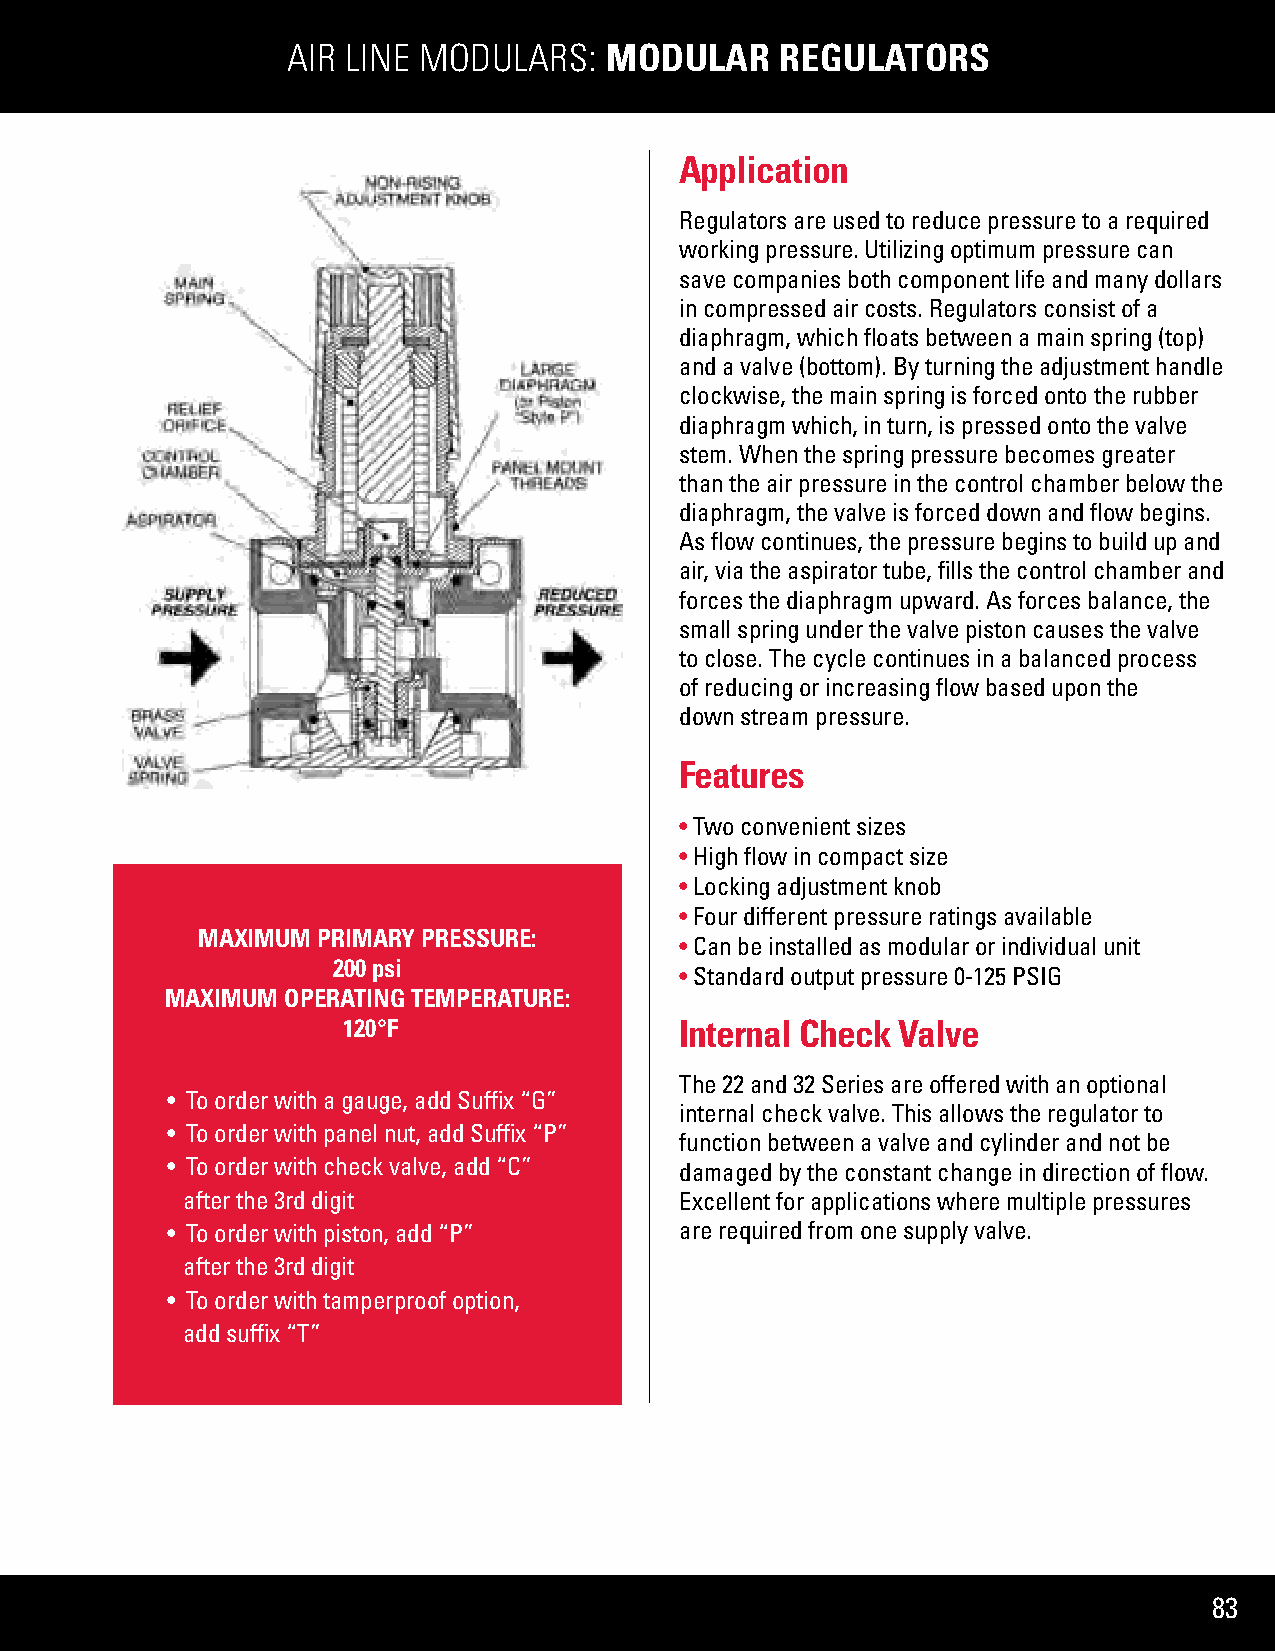
AIR LINE MODULARS:   MODULAR     REGULATORS
 Application
 Regulators are used to reduce pressure to a required
 working pressure. Utilizing optimum pressure can
 save companies both component life and many dollars
 in compressed air costs. Regulators consist of a
 diaphragm, which floats between a main spring (top)
 and a valve (bottom). By turning the adjustment handle
 clockwise, the main spring is forced onto the rubber
 diaphragm which, in turn, is pressed onto the valve
 stem. When the spring pressure becomes greater
 than the air pressure in the control chamber below the
 diaphragm, the valve is forced down and flow begins.
 As flow continues, the pressure begins to build up and
 air, via the aspirator tube, fills the control chamber and
 forces the diaphragm upward. As forces balance, the
 small spring under the valve piston causes the valve
 to close. The cycle continues in a balanced process
 of reducing or increasing flow based upon the
 down stream pressure.
 Features
 • Two convenient sizes
 • High flow in compact size
 • Locking adjustment knob
 • Four different pressure ratings available
 MAXIMUM PRIMARY PRESSURE:
 • Can be installed as modular or individual unit
 200 psi
 • Standard output pressure 0-125 PSIG
 MAXIMUM OPERATING TEMPERATURE:
 120°F                 Internal Check Valve
 The 22 and 32 Series are offered with an optional
 • To order with a gauge, add Suffix “G”
 internal check valve. This allows the regulator to
 • To order with panel nut, add Suffix “P”
 function between a valve and cylinder and not be
 • To order with check valve, add “C” damaged by the constant change in direction of flow.
 after the 3rd digit              Excellent for applications where multiple pressures
 • To order with piston, add “P”   are required from one supply valve.
 after the 3rd digit
 • To order with tamperproof option,
 add suffix “T”
 83